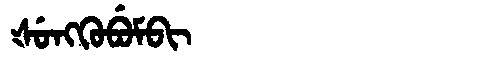
Manchu: ᡧᡠᠩᡴᡠᠪᡠᠮᠪᡳ
Romanization: ŠUNGKUBUMBI